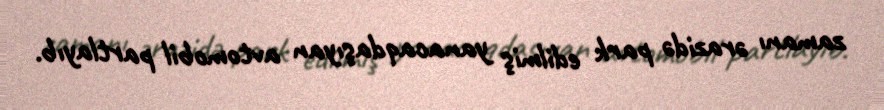
zamanı ərazidə park edilmiş yanacaqdaşıyan avtomobil partlayıb.